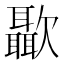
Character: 㱌